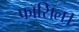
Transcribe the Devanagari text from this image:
फॉसिल।